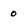
Character: 0